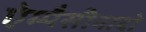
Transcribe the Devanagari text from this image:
ऐम्पैसीनादो